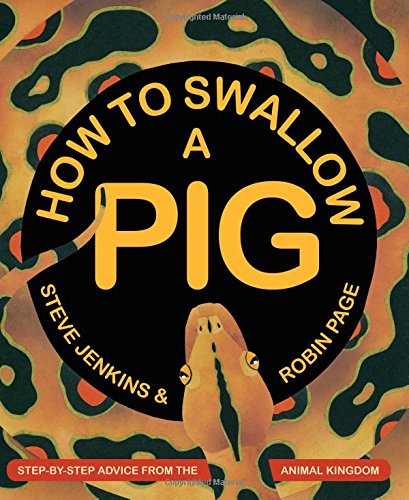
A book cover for How to Swallow a Pig: Step-by-Step Advice from the Animal Kingdom; Steve Jenkins; Children's Books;